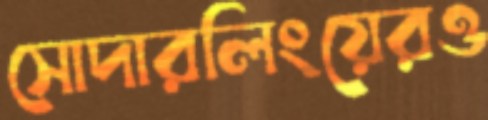
সোদারলিংয়েরও